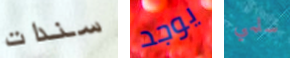
سندات يوجد سلمي